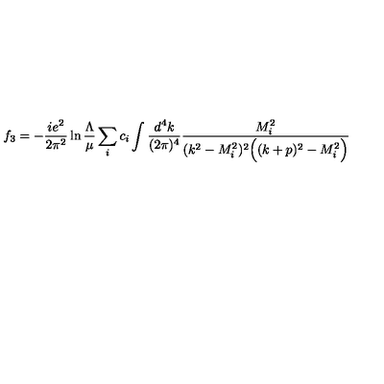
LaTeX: f _ { 3 } = - \frac { i e ^ { 2 } } { 2 \pi ^ { 2 } } \ln \frac { \Lambda } { \mu } \sum _ { i } c _ { i } \int \frac { d ^ { 4 } k } { ( 2 \pi ) ^ { 4 } } \frac { M _ { i } ^ { 2 } } { ( k ^ { 2 } - M _ { i } ^ { 2 } ) ^ { 2 } \Big ( ( k + p ) ^ { 2 } - M _ { i } ^ { 2 } \Big ) } \qquad \quad